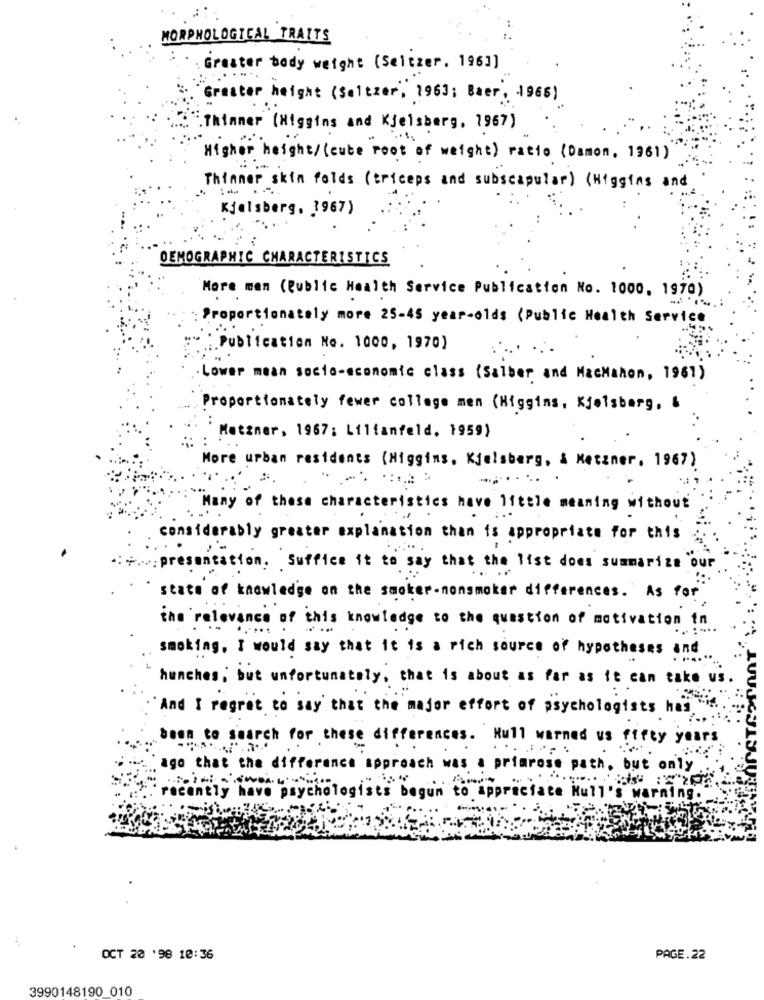
MORPHOLOGICAL TRAITS
Greater body weight (Seltzer. 1961)
Greater height (Seltzer, 1963; Baer, 1966)
Thinner (Higgins and Kjelsberg, 1967)
Higher height/ (cute root of weight) ratio (Damon, 1961)
Thinner skin folds (triceps and subscapular) (Higgins and
Kjelsberg, 1967)
DEMOGRAPHIC CHARACTERISTICS
More men (Public Health Service Publication No. 1000, 1970)
Proportionately more 25-45 year-olds (Public Health Service
Publication No. 1000, 1970)
Lower mean socio-economic class (Salber and MacMahon, 1961)
Proportionately fewer collage men (Higgins, Kjelsberg, &
Metzner, 1967: Lilianfeld, 1959)
More urban residents (Higgins, Kjelsberg, & Metzner, 1967)
Many of these characteristics have little meaning without
considerably greater explanation than is appropriate for this
*: *..: presentation. Suffice it to say that the list does summarize ou
state of knowledge on the smoker-nonsmoker differences. As for
the relevance of this knowledge to the question of motivation in
smoking. I would say that it is a rich source of hypotheses and
hunches, but unfortunately, that is about as far as it can take us.
And I regret to say that the major effort of psychologists has."
Seem to search for these differences. Hull warned us fifty years
ago that the difference approach was a primrose path, but only .
'recently have psychologists begun to appreciate Hull's warning."
OCT 20 '98 10:36
PAGE.22
3990148190 010